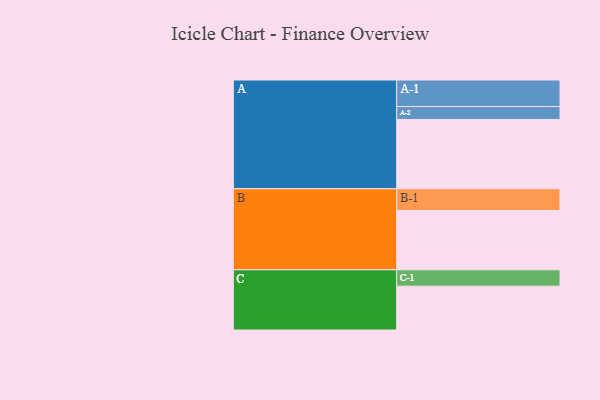
{"axis": {"x": "Segment", "y": "Value"}, "legend": ["", "A", "B", "C"], "data": [{"x": "A", "y": 525, "type": ""}, {"x": "B", "y": 449, "type": ""}, {"x": "C", "y": 332, "type": ""}, {"x": "A-1", "y": 201, "type": "A"}, {"x": "A-2", "y": 98, "type": "A"}, {"x": "B-1", "y": 165, "type": "B"}, {"x": "C-1", "y": 124, "type": "C"}]}